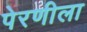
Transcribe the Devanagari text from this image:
पेरणीला